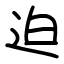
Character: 迫